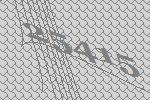
25415